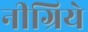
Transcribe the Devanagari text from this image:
नीग्रिये